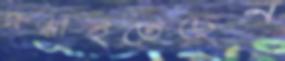
দগ্ধাইতেছেন